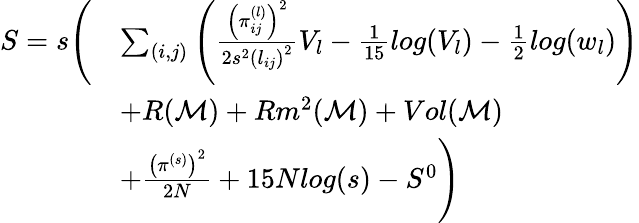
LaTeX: \begin{array}{rl}{S=s\Bigg(}&{\sum_{(i,j)}\left(\frac{\left(\pi_{ij}^{(l)}\right)^{2}}{2s^{2}\left(l_{ij}\right)^{2}}V_{l}-\frac{1}{15}log(V_{l})-\frac{1}{2}log(w_{l})\right)}\\ &{+R(\mathcal{M})+Rm^{2}(\mathcal{M})+Vol(\mathcal{M})}\\ &{+\frac{\left(\pi^{(s)}\right)^{2}}{2N}+15Nlog(s)-S^{0}\Bigg)}\end{array}